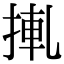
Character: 𢮊